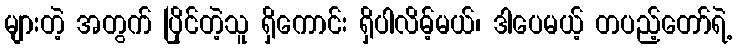
များတဲ့ အတွက် ပြိုင်တဲ့သူ ရှိကောင်း ရှိပါလိမ့်မယ်၊ ဒါပေမယ့် တပည့်တော်ရဲ့